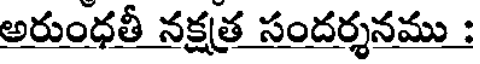
అరుంధతీ నక్షత సందర్శనము :